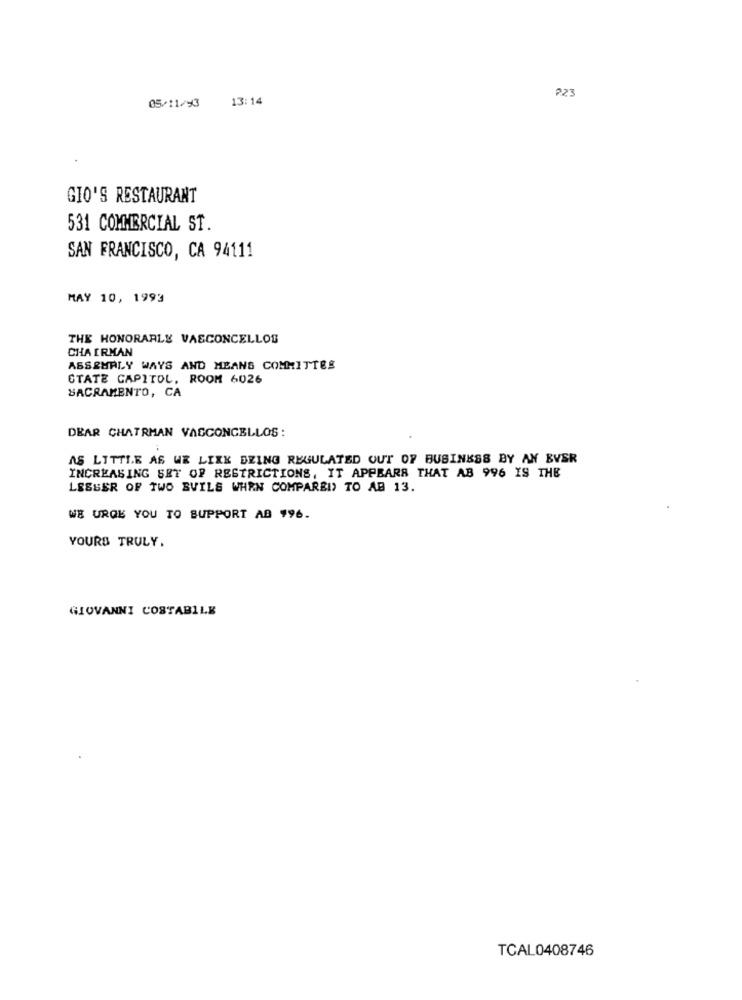
2.23
05/11/93
13:14
GIO'S RESTAURANT
531 COMMERCIAL ST.
SAN FRANCISCO, CA 94111
MAY 10, 1993
THE HONORARLE VASCONCELLOS
CHAIRMAN
ASSEMBLY WAYS AND MEANS COMMITTES
STATE CAPITOL, ROOM 6026
SACRAMENTO, CA
DEAR CHATRMAN VASCONCELLOS:
AS LITTLE AS WE LIKE BEING REGULATED OUT OF BUSINESS BY AN BVSR
INCREASING SET OF RESTRICTIONS, IT APPEARS THAT AB 996 IS THE
LESSER OF TWO BUILS WHEN COMPAREI) TO AB 13.
WE URGE YOU TO SUPPORT AB 996.
YOURS TRULY.
GIOVANNI COSTABILE
TCAL0408746